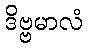
ဒိဗ္ဗမာလံ